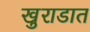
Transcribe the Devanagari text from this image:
खुराडात